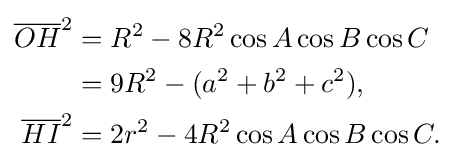
{\begin{aligned}{\overline {OH}}^{2}&=R^{2}-8R^{2}\cos A\cos B\cos C\\&=9R^{2}-(a^{2}+b^{2}+c^{2}),\\{\overline {HI}}^{2}&=2r^{2}-4R^{2}\cos A\cos B\cos C.\end{aligned}}